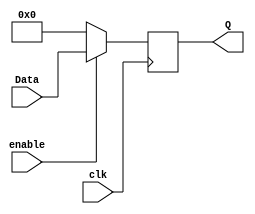
`timescale 1ns / 1ps
//////////////////////////////////////////////////////////////////////////////////
// Company: 
// Engineer: 
// 
// Design Name: 
// Module Name: register_logic
// Project Name: 
// Target Devices: 
// Tool Versions: 
// Description: 
// 
// Dependencies: 
// 
// Revision:
// Revision 0.01 - File Created
// Additional Comments:
// 
//////////////////////////////////////////////////////////////////////////////////


module register_logic(
    input clk,
    input enable,
    input[4:0] Data,
    output reg[4:0] Q
    );

always @(posedge clk) begin
    if(enable) Q = Data;
    else Q = 0;
end

endmodule